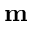
\mathbf { m }